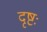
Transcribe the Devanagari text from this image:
दृष्टः